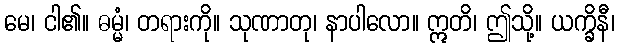
မေ၊ ငါ၏။ ဓမ္မံ၊ တရားကို။ သုဏာတု၊ နာပါလော။ ဣတိ၊ ဤသို့။ ယက္ခိနီ၊